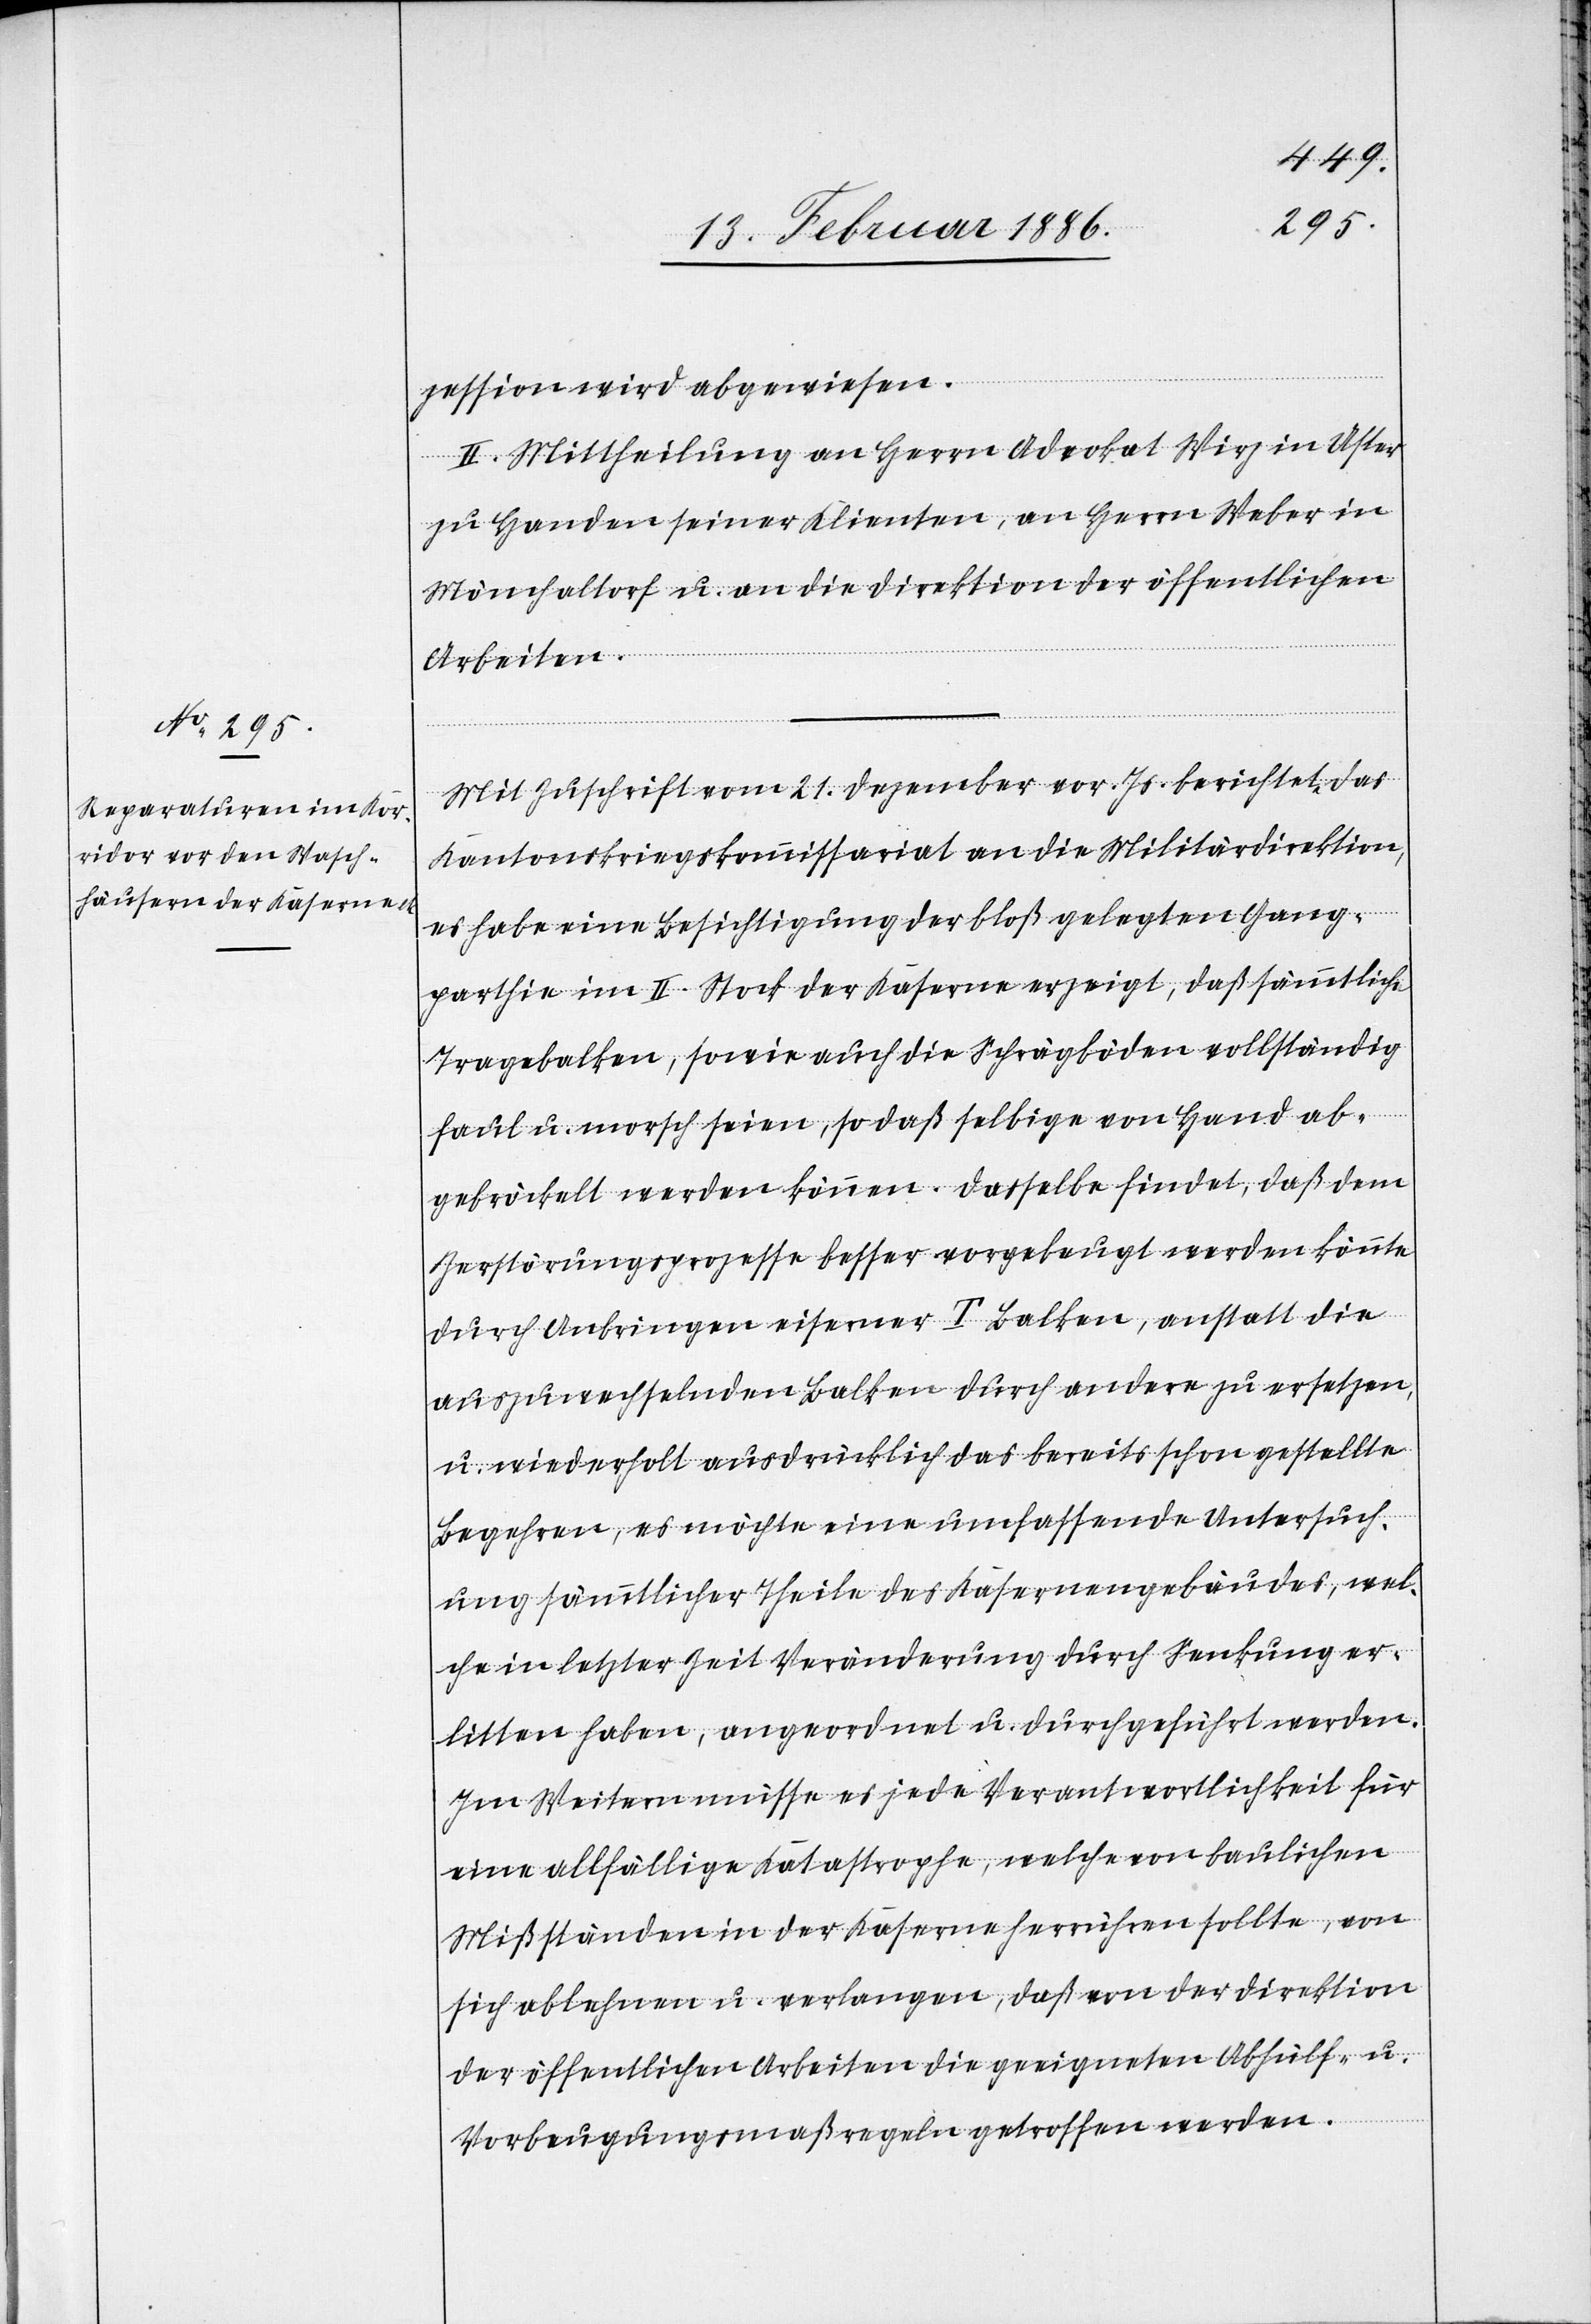
zession wird abgewiesen.
II. Mittheilung an Herrn Advokat Wirz in Uster
zu Handen seiner Klienten, an Herrn Weber in
Mönchaltorf u. an die Direktion der öffentlichen
Arbeiten.
Mit Zuschrift vom 21. Dezember vor. Js. berichtet das
Kantonskriegskommissariat an die Militärdirektion,
es habe eine Besichtigung der bloß gelegten Gang¬
parthie im II. Stock der Kaserne erzeigt, daß sämmtliche
Tragbalken, sowie auch die Schrägböden vollständig
faul u. morsch seien, so daß selbige von Hand ab¬
gebröckelt werden können. Dasselbe findet, daß dem
Zerstörungsprozesse besser vorgebeugt werden könnte
durch Anbringung eiserner T Balken, anstatt die
auszuwechselnden Balken durch andere zu ersetzen,
u. wiederholt ausdrücklich das bereits schon gestellte
Begehren, es möchte eine umfassende Untersuch¬
ung sämmtlicher Theile des Kasernengebäudes, wel¬
che in letzter Zeit Veränderung durch Senkung er¬
litten haben, angeordnet u. durchgeführt werden.
Im Weitern müsse es jede Verantwortlichkeit für
eine allfällige Katastrophe, welche von baulichen
Mißständen in der Kaserne herrühren sollte, von
sich ablehnen u. verlangen, daß von der Direktion
der öffentlichen Arbeiten die geeigneten Abhülf- u.
Vorbeugungsmaßnahmen getroffen werden.